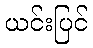
ယင်းပြင်